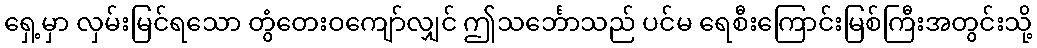
ရှေ့မှာ လှမ်းမြင်ရသော တွံတေးဝကျော်လျှင် ဤသင်္ဘောသည် ပင်မ ရေစီးကြောင်းမြစ်ကြီးအတွင်းသို့